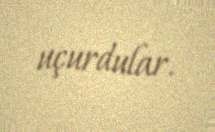
uçurdular.